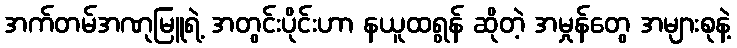
အက်တမ်အဏုမြူရဲ့ အတွင်းပိုင်းဟာ နယူထရွန် ဆိုတဲ့ အမှုန်တွေ အများစုနဲ့